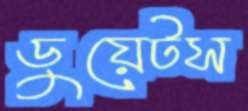
ডুয়েটস